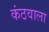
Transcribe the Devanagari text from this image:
कंठवाला